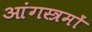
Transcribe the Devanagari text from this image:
आंगस्त्रमों